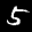
Label: 5